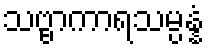
သဗ္ဗာကာရသမ္ပန္နံ